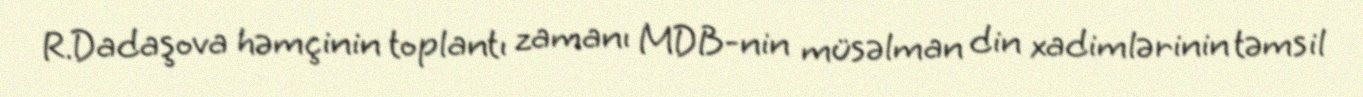
R.Dadaşova həmçinin toplantı zamanı MDB-nin müsəlman din xadimlərinin təmsil